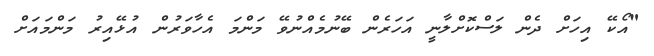
"އޯކޭ އިހަށް ދެން ލަސްކޮށްލާނީ އަހަރެން ބޭނުމެއްނުވޭ މަންމަ އެހާވަރުން އުޅޭއިރު މަންމައަށް